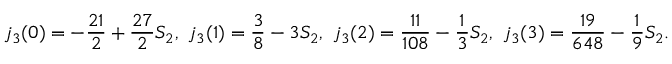
j _ { 3 } ( 0 ) = - \frac { 2 1 } { 2 } + \frac { 2 7 } { 2 } S _ { 2 } , ~ j _ { 3 } ( 1 ) = \frac { 3 } { 8 } - 3 S _ { 2 } , ~ j _ { 3 } ( 2 ) = \frac { 1 1 } { 1 0 8 } - \frac { 1 } { 3 } S _ { 2 } , ~ j _ { 3 } ( 3 ) = \frac { 1 9 } { 6 4 8 } - \frac { 1 } { 9 } S _ { 2 } .